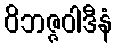
ဝိဘဇ္ဇဝါဒီနံ